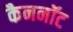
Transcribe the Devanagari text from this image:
कैननॉट